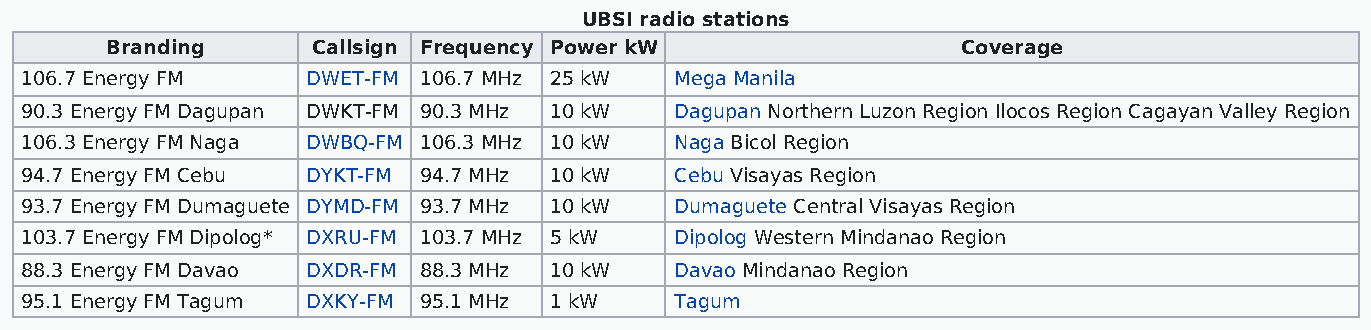
UBSI radio stations
 Branding      Callsign Frequency Power kW                Coverage
 106.7 Energy FM    DWET-FM 106.7 MHz 25 kW  Mega Manila
 90.3 Energy FM Dagupan DWKT-FM 90.3 MHz 10 kW Dagupan Northern Luzon Region Ilocos Region Cagayan Valley Region
 106.3 Energy FM Naga DWBQ-FM 106.3 MHz 10 kW Naga Bicol Region
 94.7 Energy FM Cebu DYKT-FM 94.7 MHz 10 kW  Cebu Visayas Region
 93.7 Energy FM Dumaguete DYMD-FM 93.7 MHz 10 kW Dumaguete Central Visayas Region
 103.7 Energy FM Dipolog* DXRU-FM 103.7 MHz 5 kW Dipolog Western Mindanao Region
 88.3 Energy FM Davao DXDR-FM 88.3 MHz 10 kW Davao Mindanao Region
 95.1 Energy FM Tagum DXKY-FM 95.1 MHz 1 kW  Tagum